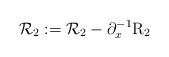
LaTeX: \begin{align*}\mathcal{R}_2:=\mathcal{R}_2-\partial_x^{-1}\mathrm{R}_2\end{align*}